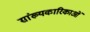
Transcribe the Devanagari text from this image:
सांख्यकारिकाओं